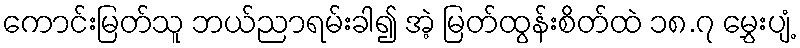
ကောင်းမြတ်သူ ဘယ်ညာရမ်းခါ၍ အဲ့ မြတ်ထွန်းစိတ်ထဲ ၁၈.၇ မွှေးပျံ့